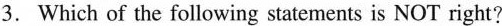
3.Which of the following statements is NOT right?